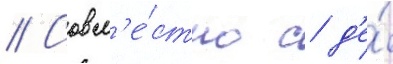
// Совм'е́стно с д'е́